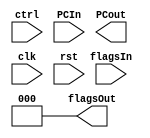
module stack(
              ctrl,
              flagsIn,
              flagsOut,
              PCIn,
              PCout,
              clk,
              rst
              );
    parameter TAM=16;
    parameter NStack=8;

    input wire [1:0] ctrl;
    input wire [2:0] flagsIn;
    input wire [TAM-1:0] PCIn;

    output wire [2:0] flagsOut;
    output wire [TAM-1:0] PCout;

    input wire clk;
    input wire rst;

    reg [TAM+2:0] Stack [0:NStack-1];

    assign flagsOut=Stack[0][2:0];
    assign PCOut=Stack[0][TAM+2:3];



    integer i;
    always @ ( rst ) begin
        for(i=0; i<NStack; i=i+1) begin
          Stack[i]<=0;
        end
    end

    always @ (posedge ctrl[0] ) begin
        Stack[0]<={PCIn,flagsIn};
        for(i=1; i<NStack; i=i+1) begin
          Stack[i]<=Stack[i-1];
        end
    end

    always @ (posedge ctrl[1] ) begin
        for(i=NStack-2; i>=0; i=i-1) begin
          Stack[i]<=Stack[i+1];
        end
    end
endmodule